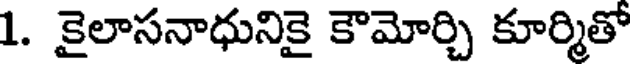
1. కైలాసనాధునికై కౌమోర్చి కూర్మితో